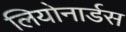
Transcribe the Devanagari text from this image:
लियोनार्डस